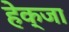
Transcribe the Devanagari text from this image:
हेक्जा